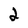
Character: 2